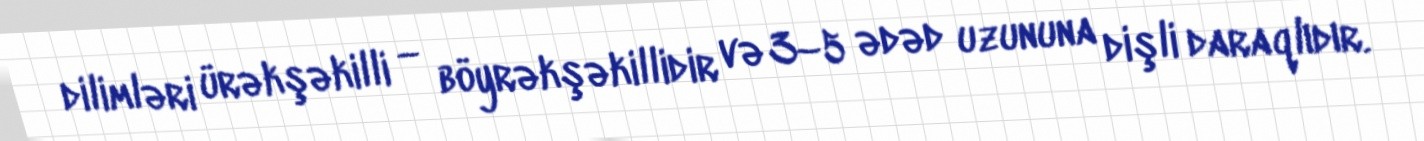
dilimləri ürəkşəkilli — böyrəkşəkillidir və 3–5 ədəd uzununa dişli daraqlıdır.